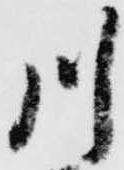
川